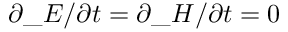
\partial \_ E / \partial t = \partial \_ H / \partial t = 0